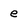
Character: e